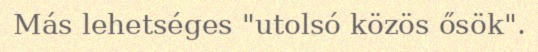
Más lehetséges "utolsó közös ősök".